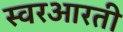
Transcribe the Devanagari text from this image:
स्वरआरती